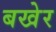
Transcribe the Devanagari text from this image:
बखेर